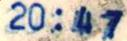
20:47